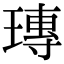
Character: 瑼